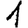
Digit: 1